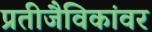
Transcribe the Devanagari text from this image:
प्रतीजैविकांवर